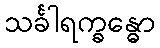
သင်္ခါရက္ခန္ဓော